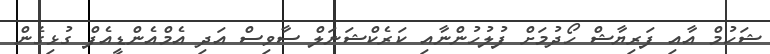
ޝަހުމް އާއި ފަރިޔާޝް ހޯދުމަށް ފުލުހުންނާއި ކަރެކްޝަނަލް ސާވިސް އަދި އެމްއެންޑީއެފް ގުޅިގެން